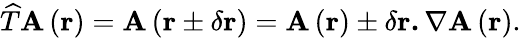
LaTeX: \widehat{T}\mathbf{A}\left(\mathbf{r}\right)=\mathbf{A}\left(\mathbf{r}\pm\delta\mathbf{r}\right)=\mathbf{A}\left(\mathbf{r}\right)\pm\delta\mathbf{r.\nabla A}\left(\mathbf{r}\right).